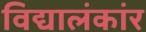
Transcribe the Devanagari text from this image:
विद्यालंकांर